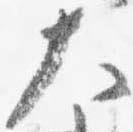
大